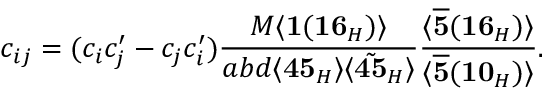
c _ { i j } = ( c _ { i } c _ { j } ^ { \prime } - c _ { j } c _ { i } ^ { \prime } ) \frac { M \langle { \bf 1 } ( { \bf 1 6 } _ { H } ) \rangle } { a b d \langle { \bf 4 5 } _ { H } \rangle \langle \tilde { { \bf 4 5 } } _ { H } \rangle } \frac { \langle \overline { { { { \bf 5 } } } } ( { \bf 1 6 } _ { H } ) \rangle } { \langle \overline { { { { \bf 5 } } } } ( { \bf 1 0 } _ { H } ) \rangle } .